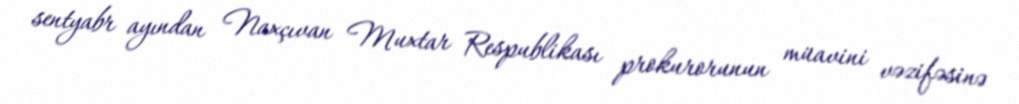
sentyabr ayından Naxçıvan Muxtar Respublikası prokurorunun müavini vəzifəsinə